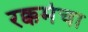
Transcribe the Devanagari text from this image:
रक्कमेचा